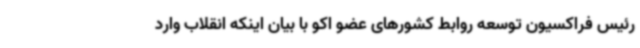
رئیس فراکسیون توسعه روابط کشورهای عضو اکو با بیان اینکه انقلاب وارد